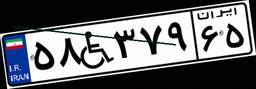
۵۸W۳۷۹۶۵